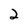
Character: 2